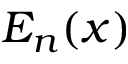
E _ { n } ( x )